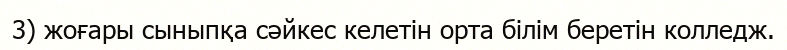
3) жоғары сыныпқа сәйкес келетін орта білім беретін колледж.